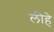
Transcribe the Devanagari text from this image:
लीहे